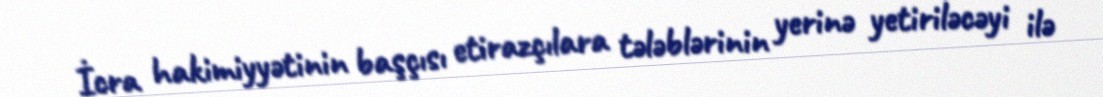
İcra hakimiyyətinin başçısı etirazçılara tələblərinin yerinə yetiriləcəyi ilə